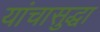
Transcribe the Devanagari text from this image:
यांचासुद्धा